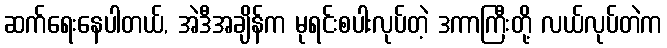
ဆက်ရေးနေပါတယ်, အဲဒီအချိန်က မုရင်းစပါးလုပ်တဲ့ ဒကာကြီးတို့ လယ်လုပ်တဲက